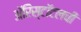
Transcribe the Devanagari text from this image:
अॅरिस्टॉटलची